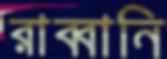
রাব্বানি